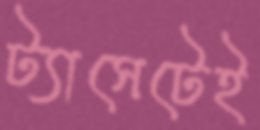
ট্যাসেটেই